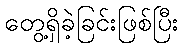
တွေ့ရှိခဲ့ခြင်းဖြစ်ပြီး